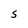
Character: S